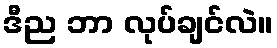
ဒီည ဘာ လုပ်ချင်လဲ။